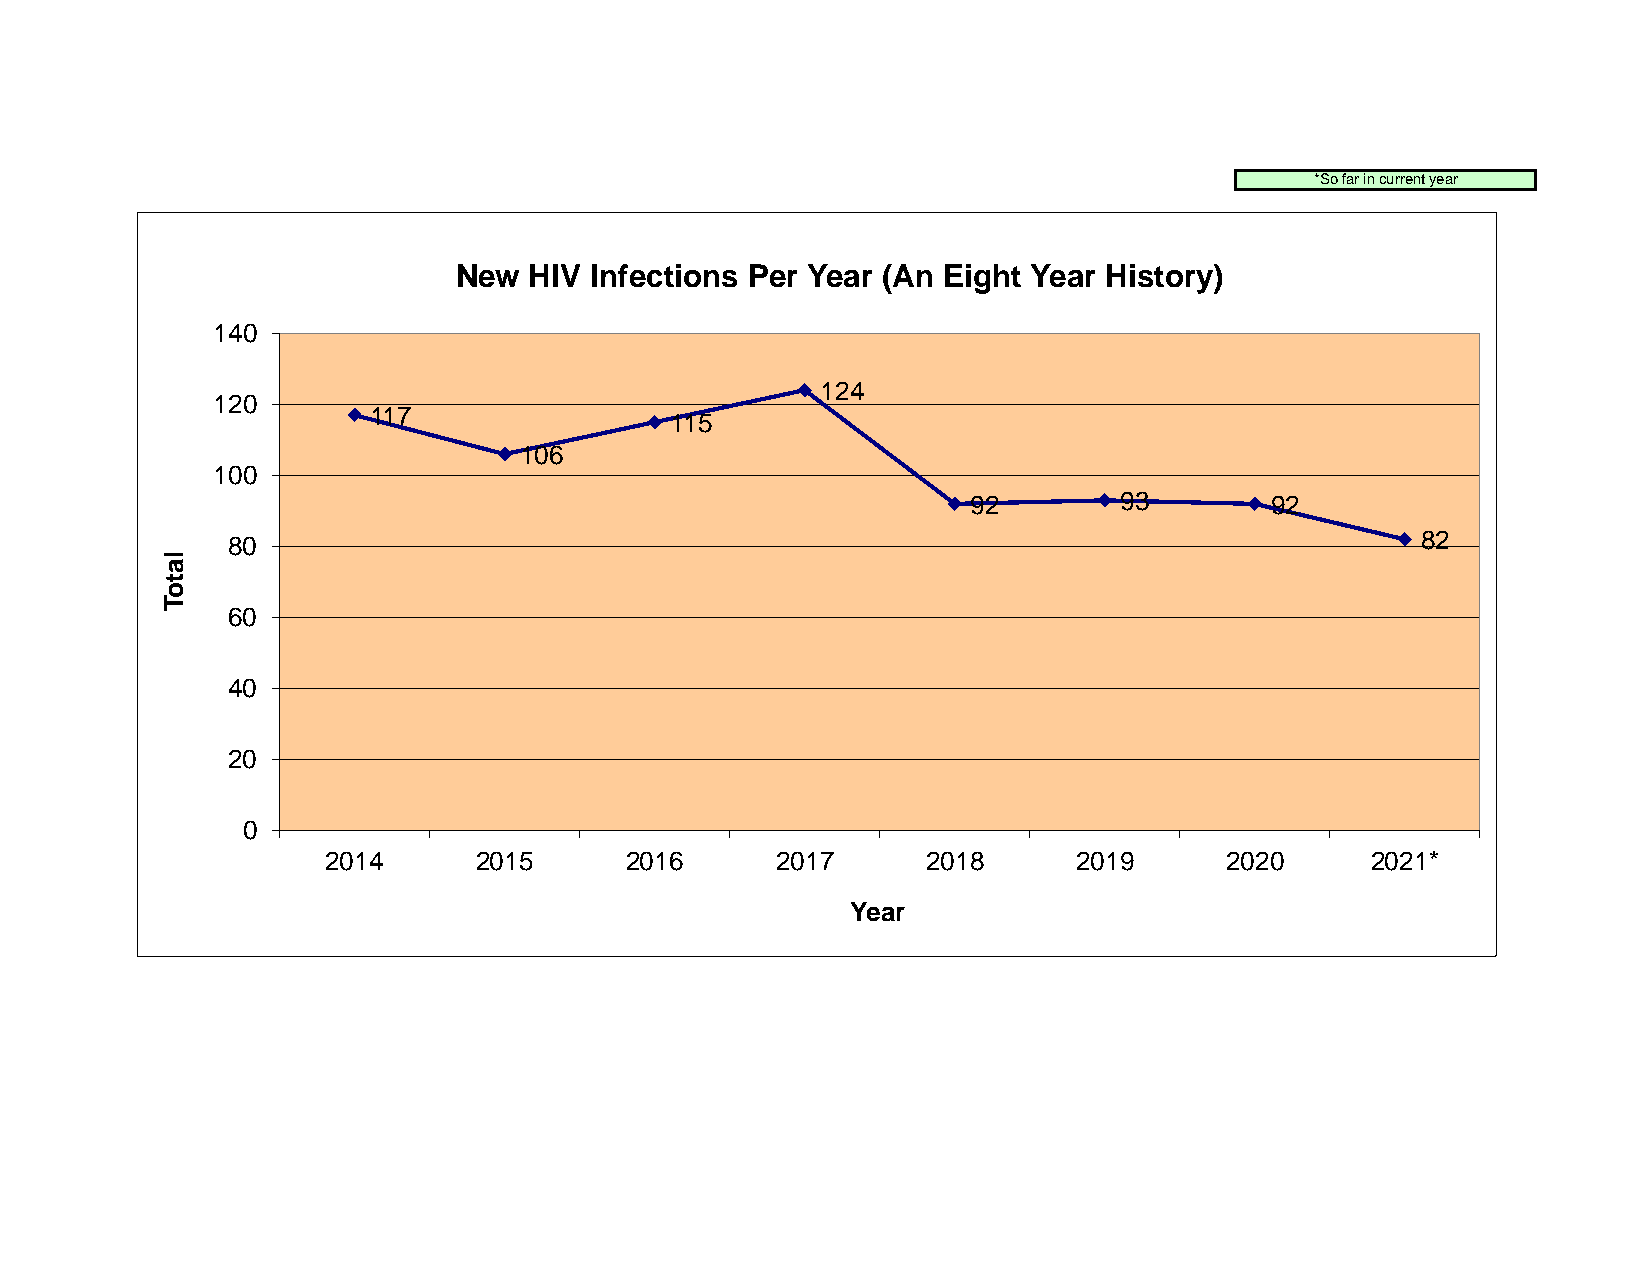
*So far in current year
 New  HIV Infections Per Year (An Eight Year History)
 140
 124
 120
 117
 115
 106
 100
 92        93        92
 80                                                                             82
 l
 a
 t
 o
 T
 60
 40
 20
 0
 2014     2015      2016      2017      2018      2019      2020      2021*
 Year